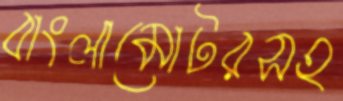
বাংলামোটরসহ